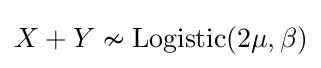
X+Y\nsim \mathrm {Logistic} (2\mu ,\beta )